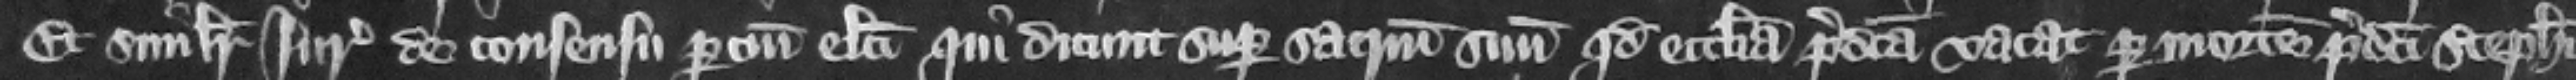
Et similiter iuratores de consensu parcium electi qui dicunt super sacramentum suum quod ecclesia predicta vacat per mortem predicti Stephani